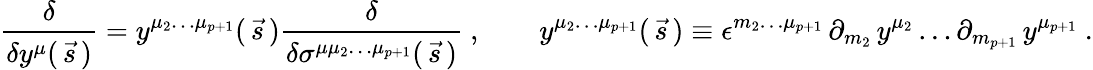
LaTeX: {\frac{\delta}{\delta y^{\mu}(\, \vec{s}\, )}}=y^{\mu_{2}\dots\mu_{p+1}}(\, \vec{s}\, ){\frac{\delta}{\delta\sigma^{\mu\mu_{2}\dots\mu_{p+1}}(\, \vec{s}\, )}}\ ,\qquad y^{\mu_{2}\dots\mu_{p+1}}(\, \vec{s}\, )\equiv\epsilon^{m_{2}\dots\mu_{p+1}}\, \partial_{m_{2}}\, y^{\mu_{2}}\dots\partial_{m_{p+1}}\, y^{\mu_{p+1}}\ .